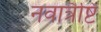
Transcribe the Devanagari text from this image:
नवात्रैष्टि